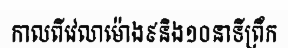
កាលពីវេលាម៉ោង៩និង១០នាទីព្រឹក